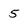
Character: 5